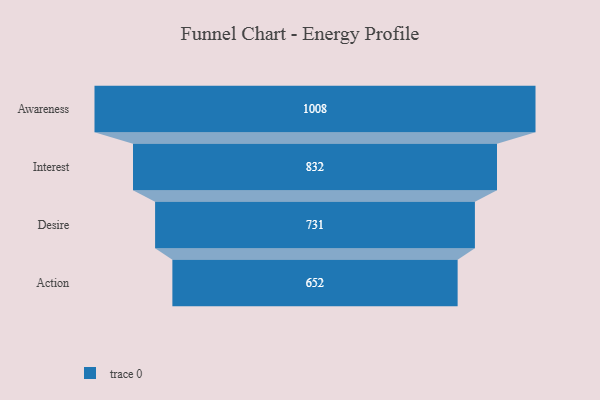
{"axis": {"x": "Stage", "y": "Value"}, "legend": [""], "data": [{"x": "Awareness", "y": 1008.0, "type": ""}, {"x": "Interest", "y": 832.0, "type": ""}, {"x": "Desire", "y": 731.0, "type": ""}, {"x": "Action", "y": 652.0, "type": ""}]}